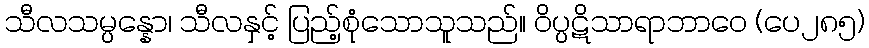
သီလသမ္ပန္နော၊ သီလနှင့် ပြည့်စုံသောသူသည်။ ဝိပ္ပဋိသာရာဘာဝေ (ပေ၂၈၅)